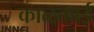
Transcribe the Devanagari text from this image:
काळकाई